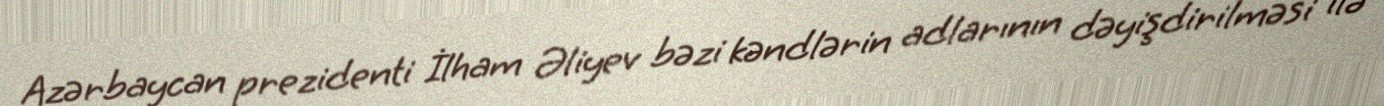
Azərbaycan prezidenti İlham Əliyev bəzi kəndlərin adlarının dəyişdirilməsi ilə